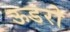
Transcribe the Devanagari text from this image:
ऊडरो